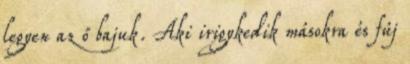
legyen az ő bajuk. Aki irigykedik másokra és fúj